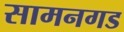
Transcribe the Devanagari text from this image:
सामनगड